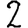
Digit: 2